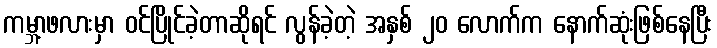
ကမ္ဘာ့ဖလားမှာ ဝင်ပြိုင်ခဲ့တာဆိုရင် လွန်ခဲ့တဲ့ အနှစ် ၂၀ လောက်က နောက်ဆုံးဖြစ်နေပြီး